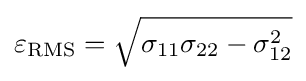
\varepsilon _{\text{RMS}}={\sqrt {\sigma _{11}\sigma _{22}-\sigma _{12}^{2}}}